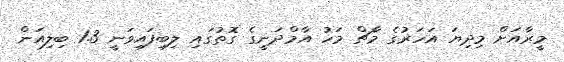
މީރާއަށް މިދިޔަ އަހަރުގެ މާޗް މަހު އާމްދަނީގެ ގޮތުގައި ލިބިފައިވަނީ 1.3 ބިލިއަން